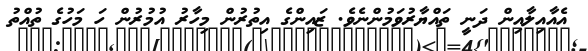
އެއާއިލާއިން ދަނީ ތައްޔާރުވަމުންނެވެ. ޒައިންގެ އިތުރުން މިހާރު އުމުރުން ހަ މަހުގެ ތުއްތު